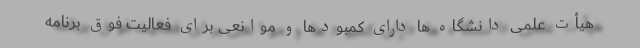
هیأت علمی دانشگاه ها دارای کمبودها و موانعی برای فعالیت فوق برنامه